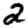
Digit: 2